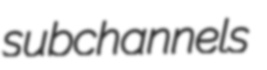
subchannels